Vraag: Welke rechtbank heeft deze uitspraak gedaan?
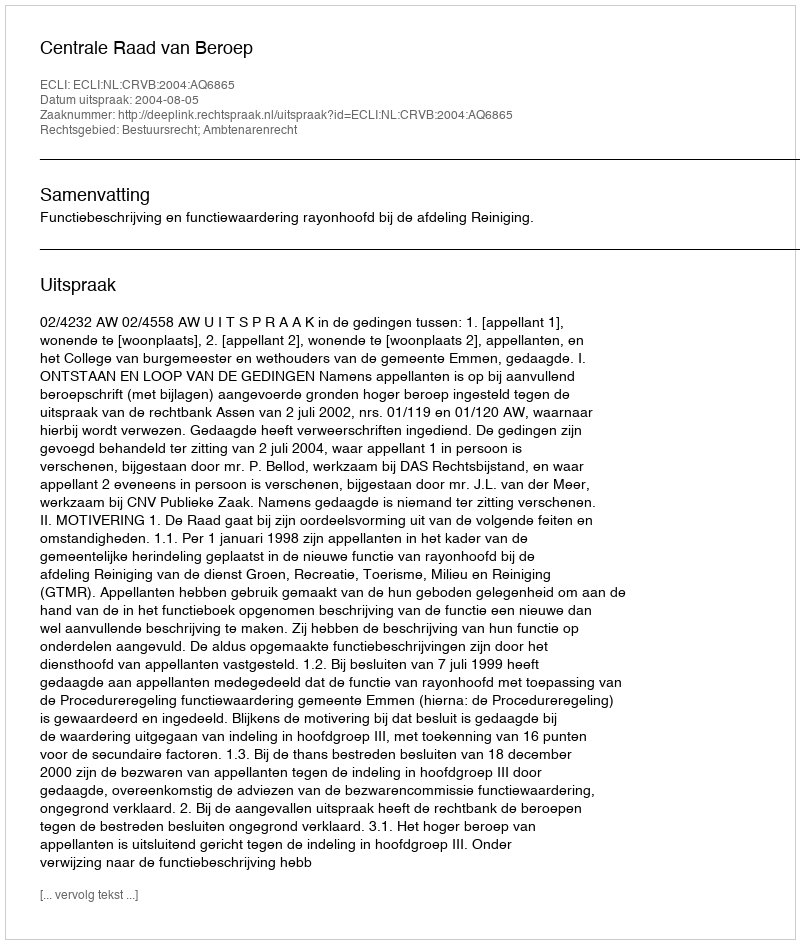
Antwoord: Centrale Raad van Beroep